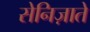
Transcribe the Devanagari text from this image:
सेनिज़ाते